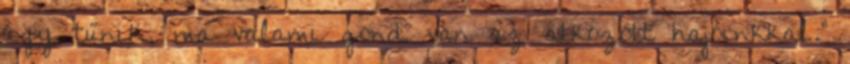
úgy tűnik, ma valami gond van az átkozott hajóinkkal.”